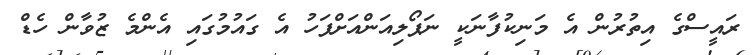
ރައީސްގެ އިތުރުން އެ މަނިކުފާނަކީ ނަޕޯލިއަންއަށްފަހު އެ ގައުމުގައި އެންމެ ޒުވާން ހެޑް